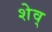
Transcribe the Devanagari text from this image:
शेव्